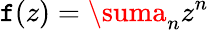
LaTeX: \mathtt{f}(z)=\suma_{n}z^{n}